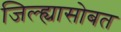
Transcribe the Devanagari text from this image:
जिल्ह्यासोबत